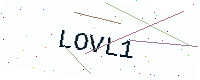
Text: LOVL1